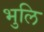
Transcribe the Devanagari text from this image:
भुलि